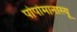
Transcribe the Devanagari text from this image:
पोपोमानास्यू